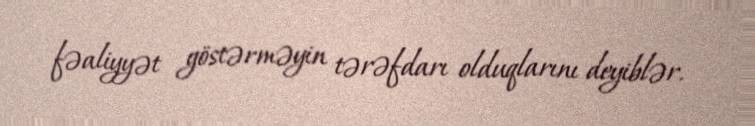
fəaliyyət göstərməyin tərəfdarı olduqlarını deyiblər.